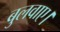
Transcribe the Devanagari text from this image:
बुलवाए।